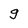
Character: g